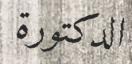
الدكتورة